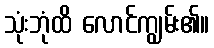
သုံးဘုံထိ လောင်ကျွမ်း၏။